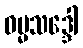
ဓမ္မသဒ္ဒေါ